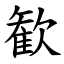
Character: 歓